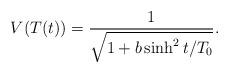
LaTeX: \begin{align*}V(T(t)) = \frac{1}{\sqrt{1 + b \sinh^2 t/T_0}}.\end{align*}